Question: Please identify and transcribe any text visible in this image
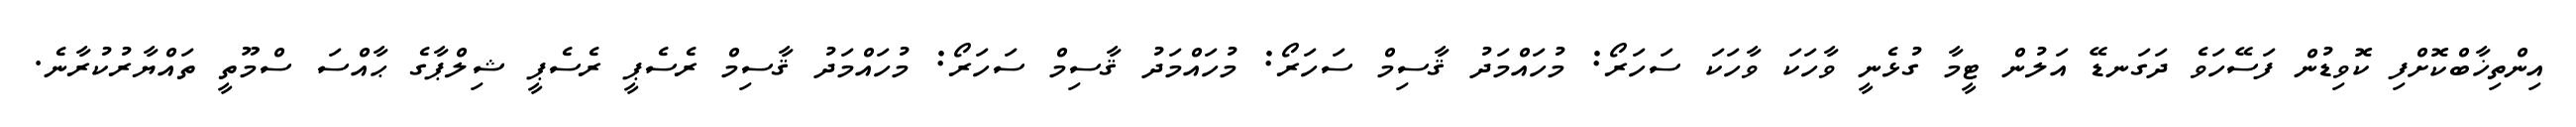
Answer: އިންތިޚާބްކޮށްފި ކޮވިޑުން ފަސޭހަވެ ދަގަނޑޭ އަލުން ޓީމާ ގުޅެނީ ވާހަކަ ވާހަކަ ސަހަރޯ: މުހައްމަދު ޤާސިމް ސަހަރޯ: މުހައްމަދު ޤާސިމް ސަހަރޯ: މުހައްމަދު ޤާސިމް ރެސެޕީ ރެސެޕީ ޝިލްޕާގެ ޙާއްސަ ސްމޫތީ ތައްޔާރުކުރާނެ.